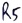
Text: R5